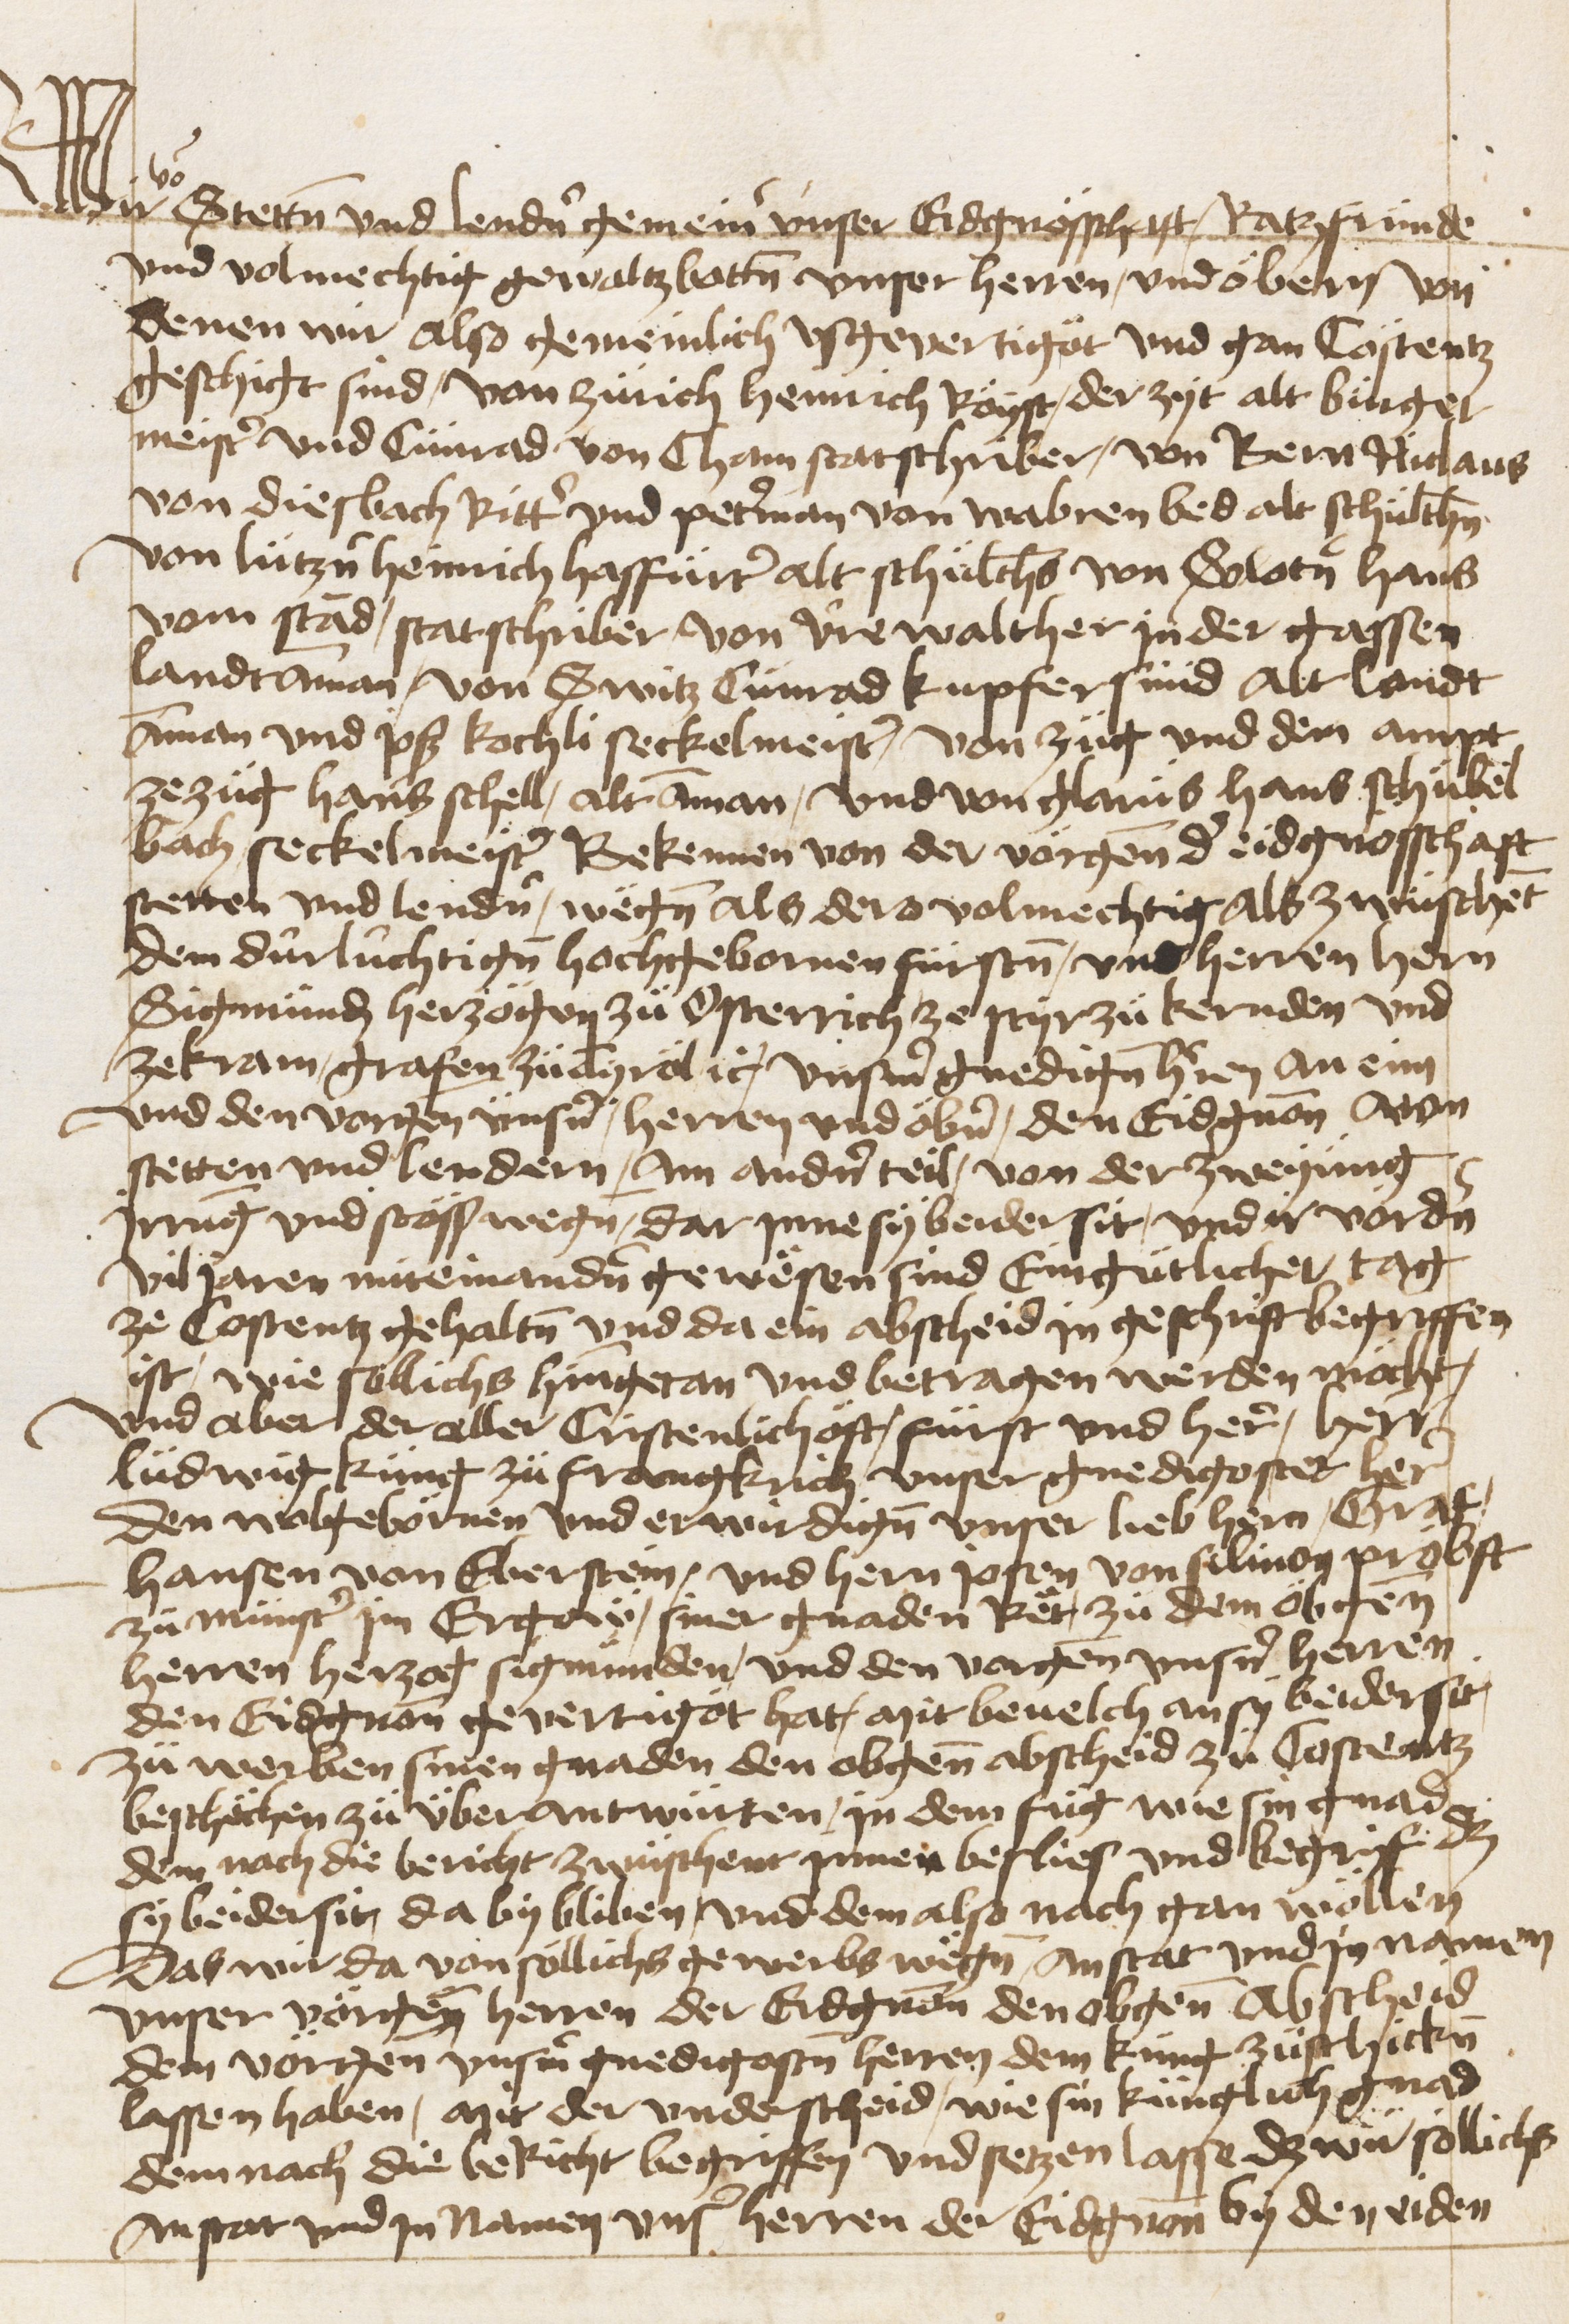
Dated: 1470–1607